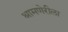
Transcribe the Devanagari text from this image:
श्रामणेरीला